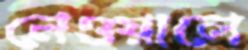
নেওয়ালে